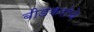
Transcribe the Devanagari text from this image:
बीडकरांचे